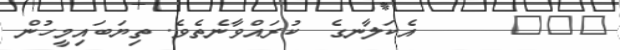
١٠٨      އެކަލާނގެ  ކުރައްވާނެތެވެ. ތިޔަބައިމީހުން